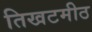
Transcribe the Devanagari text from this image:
तिखटमीठ